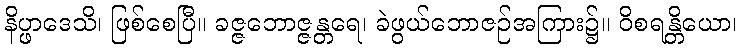
နိပ္ဖာဒေသိ၊ ဖြစ်စေပြီ။ ခဇ္ဇဘောဇ္ဇန္တရေ၊ ခဲဖွယ်ဘောဇဉ်အကြား၌။ ဝိစရန္တိယော၊